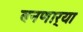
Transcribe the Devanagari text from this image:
बनणार्‍या